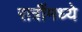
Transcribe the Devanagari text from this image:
रात्रींमध्ये